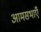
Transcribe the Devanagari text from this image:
आमसभाएँ